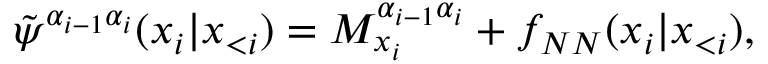
\tilde { \psi } ^ { \alpha _ { i - 1 } \alpha _ { i } } ( x _ { i } | \boldsymbol x _ { < i } ) = M _ { x _ { i } } ^ { \alpha _ { i - 1 } \alpha _ { i } } + f _ { N N } ( x _ { i } | \boldsymbol x _ { < i } ) ,